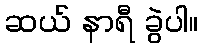
ဆယ် နာရီ ခွဲပါ။